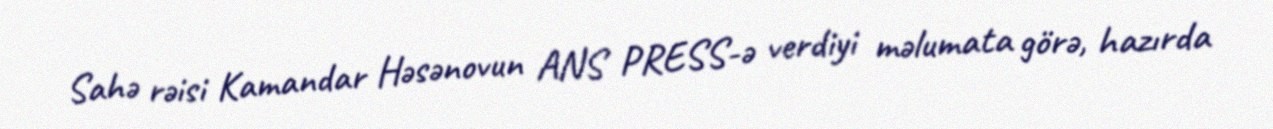
Sahə rəisi Kamandar Həsənovun ANS PRESS-ə verdiyi məlumata görə, hazırda